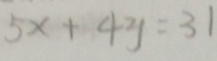
5 x + 4 y = 3 1